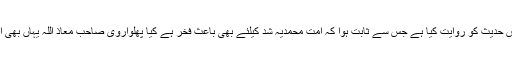
نسائی اور ابن ماجہ نے بھی اس حدیث کو روایت کیا ہے جس سے ثابت ہوا کہ امت محمدیہ شد کیلئے بھی باعث فخر ہے کیا پھلواروی صاحب معاذ اللہ یہاں بھی اس استلزام کو تسلیم کریں گے؟